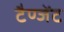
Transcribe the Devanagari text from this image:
टैण्जेंट